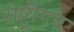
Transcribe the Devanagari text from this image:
राष्ट्रीगय